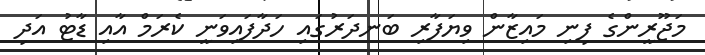
މަޖޫރީންގެ ފިނި މައިޒާން ވިޔަފާރި ބަނދަރުގައި ހަދާފައިވަނީ ކެރަމް އާއި ޑާޓު އަދި